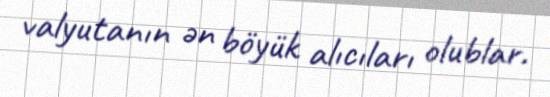
valyutanın ən böyük alıcıları olublar.